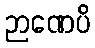
ဉာဏေပိ